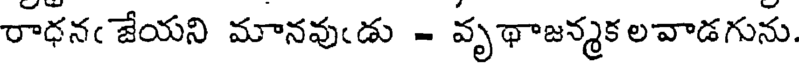
రాధనఁ జేయని మానవుఁడు - వృథాజన్మకలవాడగును.